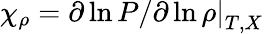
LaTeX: \chi_{\rho}=\left.\partial\ln P/\partial\ln\rho\right|_{T,X}